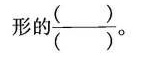
形的\frac{（）}{（）}。